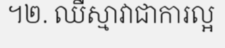
។២. ឈឺស្មាវាជាការល្អ